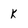
Character: k